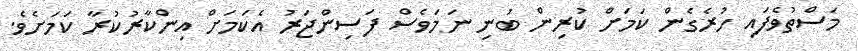
މަސްތުވެފައި ހުރެގެން ކަމަށް ކުރިން ބުނި ނަމަވެސް ފަސިންޖަރު އެކަމަށް އިންކާރުކުރާ ކަމަށެވެ.